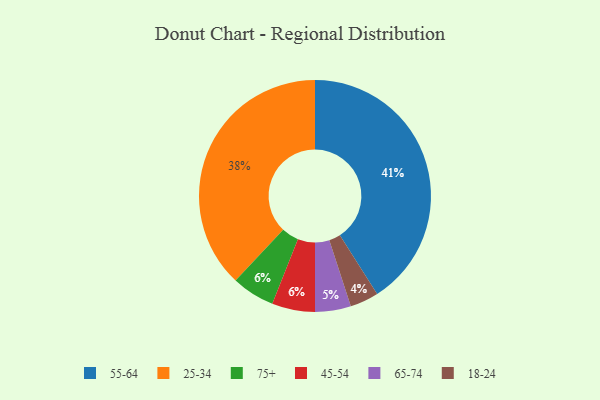
{"axis": {"x": "Category", "y": "Percentage"}, "legend": ["18-24", "25-34", "45-54", "55-64", "65-74", "75+"], "data": [{"x": "18-24", "y": 4, "type": "18-24"}, {"x": "25-34", "y": 38, "type": "25-34"}, {"x": "75+", "y": 6, "type": "75+"}, {"x": "55-64", "y": 41, "type": "55-64"}, {"x": "65-74", "y": 5, "type": "65-74"}, {"x": "45-54", "y": 6, "type": "45-54"}]}